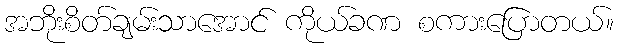
အဘိုးစိတ်ချမ်းသာအောင် ကိုယ်ခဏ စကားပြောတယ်။